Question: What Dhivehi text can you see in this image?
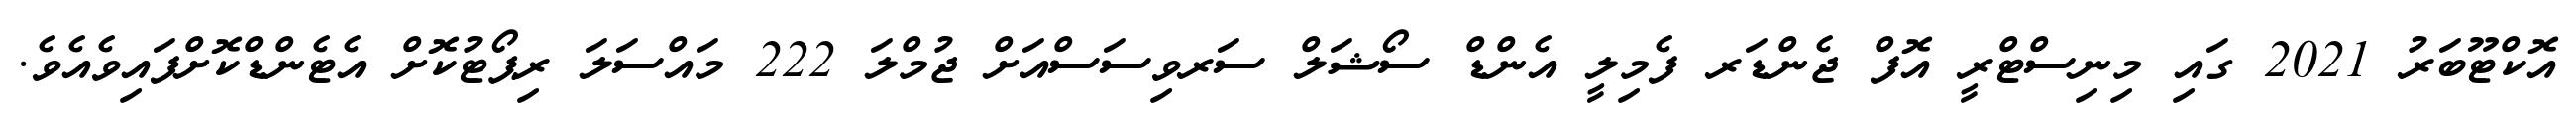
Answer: އޮކްޓޫބަރު 2021 ގައި މިނިސްޓްރީ އޮފް ޖެންޑަރ ފެމިލީ އެންޑް ސޯޝަލް ސަރވިސަސްއަށް ޖުމްލަ 222 މައްސަލަ ރިޕޯޓުކޮށް އެޓެންޑްކޮށްފައިވެއެވެ.